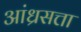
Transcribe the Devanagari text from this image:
आंध्रसत्ता